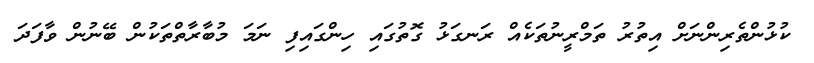
ކުޅުންތެރިންނަށް އިތުރު ތަމްރީނުތަކެއް ރަނގަޅު ގޮތުގައި ހިންގައިފި ނަމަ މުބާރާތްތަކުން ބޭނުން ވާފަދަ